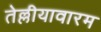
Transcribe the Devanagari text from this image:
तेल्लीयावारम